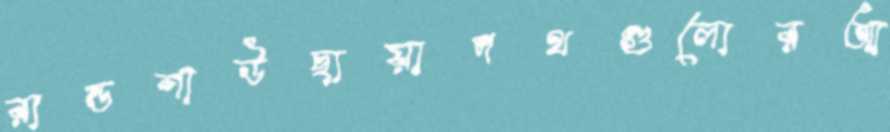
রান্ডশাউছায়াপথগুলোরআ